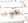
صوتا